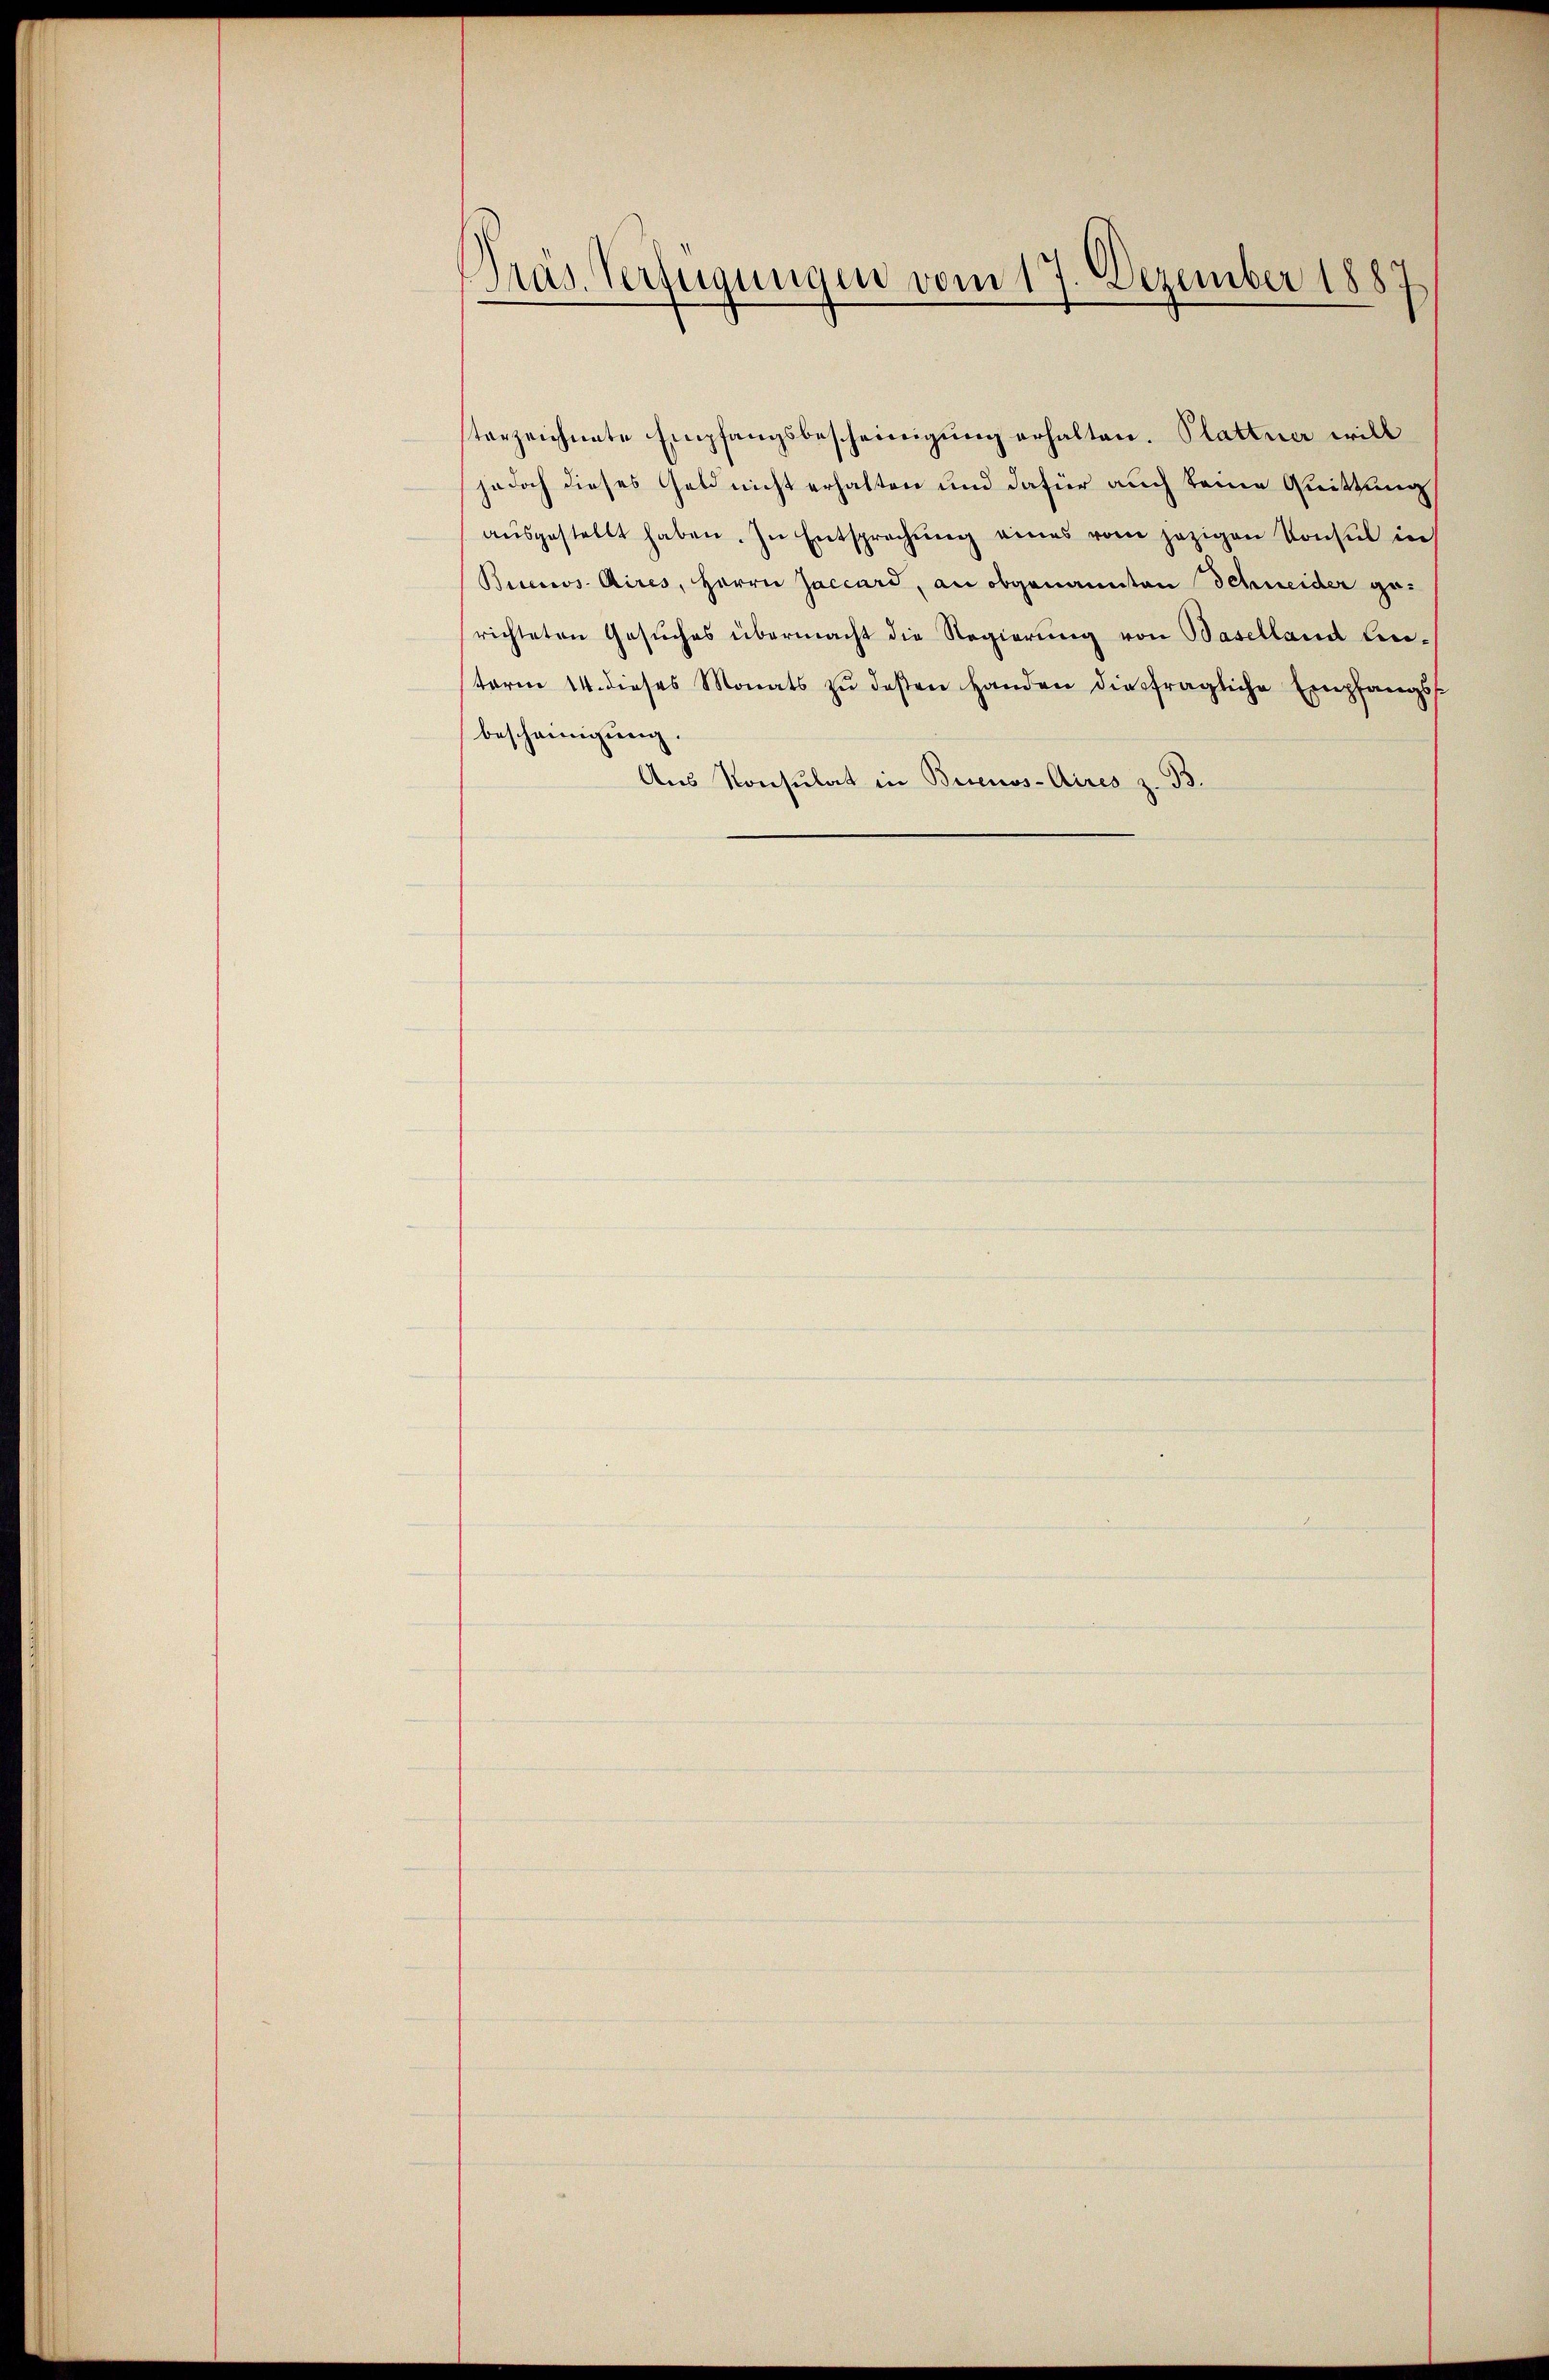
Präs. Verfügungen vom 17. Dezember 1887

terzeichnete Empfangsbescheinigung erhalten. Plattner will
jedoch dieses Geld nicht erhalten und dafür auch keine Quittung
aŭsgestellt haben. In Entsprechŭng eines vom jezigen Konsul in
Biceros Aires, Herrn Jaccard, an obgenannten Schneider gerichteten Gesuches übermacht die Regierŭng von Baselland Ein-
torne 14. dieses Monats zŭ deßen Handen diesfragliche Empfangsst
bescheinigung.
Aus Konsulat in Buenos-Aires z. B.